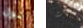
نول يحدث